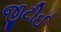
જીટીઈ